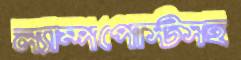
ল্যাম্পপোস্টসহ